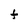
Character: t